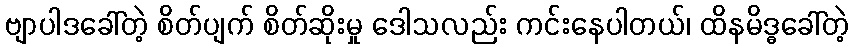
ဗျာပါဒခေါ်တဲ့ စိတ်ပျက် စိတ်ဆိုးမှု ဒေါသလည်း ကင်းနေပါတယ်၊ ထိနမိဒ္ဓခေါ်တဲ့